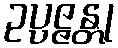
ဥပ္ပဇ္ဇန္တု